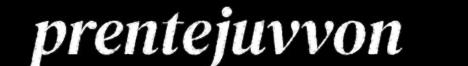
prentejuvvon